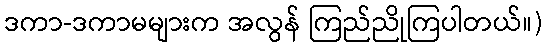
ဒကာ-ဒကာမများက အလွန် ကြည်ညိုကြပါတယ်။)